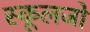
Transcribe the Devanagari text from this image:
स्कूलजो